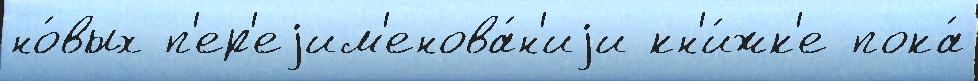
но́вых п'ер'еjим'енова́н'иjи кн'и́жк'е пока́